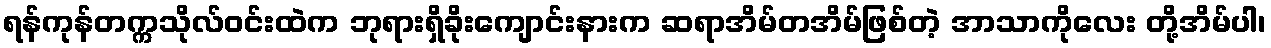
ရန်ကုန်တက္ကသိုလ်ဝင်းထဲက ဘုရားရှိခိုးကျောင်းနားက ဆရာအိမ်တအိမ်ဖြစ်တဲ့ အာသာကိုလေး တို့အိမ်ပါ၊